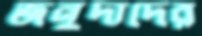
জনুদাদের